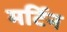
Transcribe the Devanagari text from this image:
मर्टिन